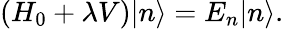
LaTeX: \left(H_{0}+\lambda V\right)|n\rangle=E_{n}|n\rangle.